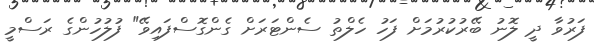
ފަރުވާ ދީ ލޮނު ބޭރުކުރުމަށް ފަހު ހެލްތު ސެންޓަރަށް ގެންގޮސްފައިވޭ" ފުލުހުންގެ ރަސްމީ